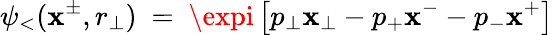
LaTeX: \psi_{<}(\mathbf{x}^{\pm},r_{\perp})~=~\expi\left[p_{\perp}\mathbf{x}_{\perp}-p_{+}\mathbf{x}^{-}-p_{-}\mathbf{x}^{+}\right]